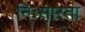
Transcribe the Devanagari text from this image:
निःसारता